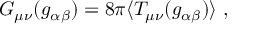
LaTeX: G _ { \mu \nu } ( g _ { \alpha \beta } ) = 8 \pi \langle T _ { \mu \nu } ( g _ { \alpha \beta } ) \rangle \ ,